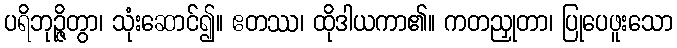
ပရိဘုဉ္ဇိတွာ၊ သုံးဆောင်၍။ ဧတဿ၊ ထိုဒါယကာ၏။ ကတညှုတာ၊ ပြုပေဖူးသော